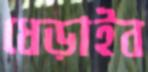
ধেড়াইব